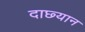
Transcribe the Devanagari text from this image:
दाछ्यान